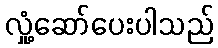
လှုံ့ဆော်ပေးပါသည်